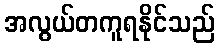
အလွယ်တကူရနိုင်သည်